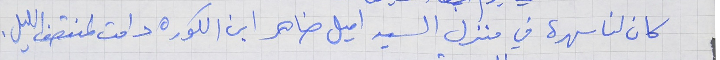
كان لنا سهرة في منزل السيد اميل ضاهر ابن الكوره دامت لمنتصف الليل .